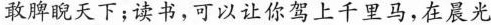
敢睥睨天下；读书，可以让你驾上千里马，在晨光